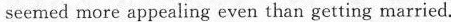
seemed more appealing even than getting married.